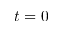
t = 0